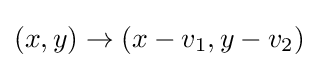
(x,y)\to (x-v_{1},y-v_{2})